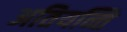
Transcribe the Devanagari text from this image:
अतियन्ति